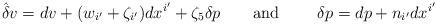
LaTeX: \begin{align*}\hat{\delta}v=dv+(w_{i^{\prime }}+\zeta _{i^{\prime }})dx^{i^{\prime}}+\zeta _{5}\delta p\qquad \mbox{and }\qquad \delta p=dp+n_{i^{\prime }}dx^{i^{\prime }} \end{align*}